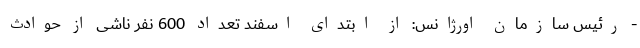
- رئیس سازمان اورژانس: از ابتدای اسفند تعداد 600 نفر ناشی از حوادث